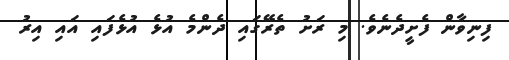
ފިނިވާން ފެށީދެނެވެ. މި ރަށު ތެރޭގައި ދެންމެ އުޅެ އުޅެފައި އައި އިރު